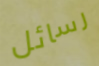
رسائل